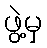
ဖွဲ့မှ